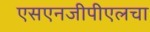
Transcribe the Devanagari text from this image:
एसएनजीपीएलचा